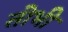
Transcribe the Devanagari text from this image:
तोभी